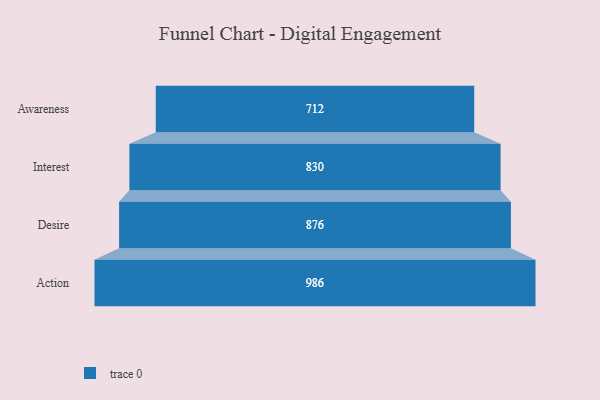
{"axis": {"x": "Stage", "y": "Value"}, "legend": [""], "data": [{"x": "Awareness", "y": 712.0, "type": ""}, {"x": "Interest", "y": 830.0, "type": ""}, {"x": "Desire", "y": 876.0, "type": ""}, {"x": "Action", "y": 986.0, "type": ""}]}